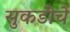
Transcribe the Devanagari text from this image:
सुकडीचे